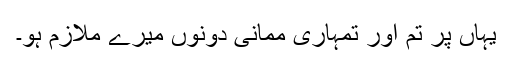
یہاں پر تم اور تمہاری ممانی دونوں میرے ملازم ہو۔